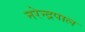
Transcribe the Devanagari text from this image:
नरेन्द्रपाल